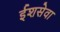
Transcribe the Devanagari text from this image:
ईशसेवा